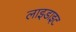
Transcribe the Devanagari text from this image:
लाइडाइट